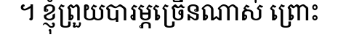
។ ខ្ញុំព្រួយបារម្ភច្រើនណាស់ ព្រោះ